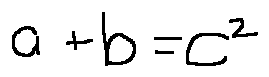
a + b = c ^ { 2 }